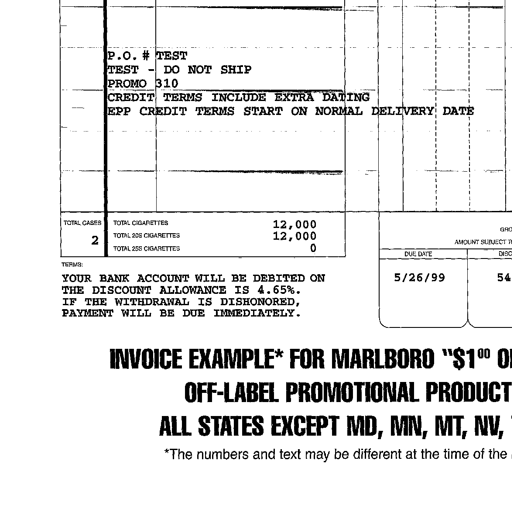
P.O. # TEST
TEST - DO NOT SHIP
PROMO 310
CREDIT TERMS INCLUDE EXTRA DATING
EPP CREDIT TERMS START ON NORMAL DELIVERY DATE
TOTAL CASES
2
TOTAL CIGARETTES
TOTAL 20S CIGARETTES
TOTAL 25S CIGARETTES
12,000
12,000
0
TERMS:
YOUR BANK ACCOUNT WILL BE DEBITED ON
THE DISCOUNT ALLOWANCE IS 4.65%.
IF THE WITHDRAWAL IS DISHONORED,
PAYMENT WILL BE DUE IMMEDIATELY.
DUE DATE
5/26/99
54
INVOICE EXAMPLE* FOR MARLBORO "$1.00
OFF-LABEL PROMOTIONAL PRODUCT
ALL STATES EXCEPT MD, MN, MT, NV,
*The numbers and text may be different at the time of the